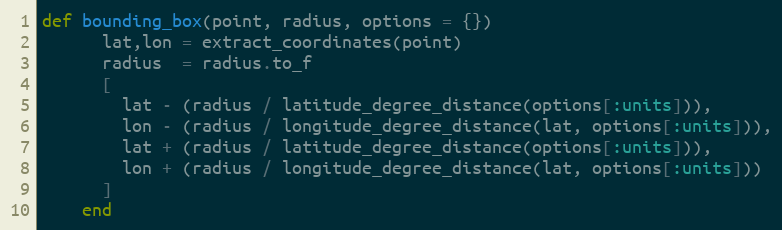
Language: Ruby
def bounding_box(point, radius, options = {})
      lat,lon = extract_coordinates(point)
      radius  = radius.to_f
      [
        lat - (radius / latitude_degree_distance(options[:units])),
        lon - (radius / longitude_degree_distance(lat, options[:units])),
        lat + (radius / latitude_degree_distance(options[:units])),
        lon + (radius / longitude_degree_distance(lat, options[:units]))
      ]
    end